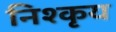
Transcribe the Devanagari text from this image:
निश्कृय